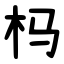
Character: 杩